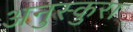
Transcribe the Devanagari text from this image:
अनुस्कुरा